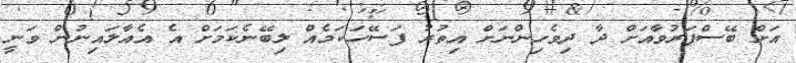
އަށް ބޭސްފަރުވާއަށް ދާ ދިވެހިންނަށް އިތުރު ފަސޭހަކަމެއް ލިބޭނެކަމަށް އެ އެއާލައިނުން ވަނީ